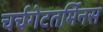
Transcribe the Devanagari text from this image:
चर्चगेटतर्मिनस